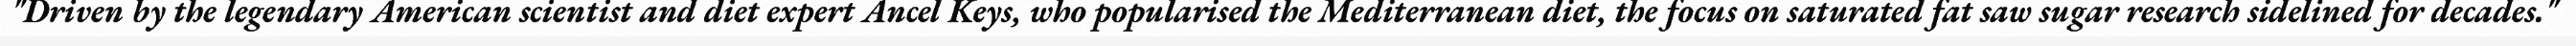
"Driven by the legendary American scientist and diet expert Ancel Keys, who popularised the Mediterranean diet, the focus on saturated fat saw sugar research sidelined for decades."